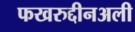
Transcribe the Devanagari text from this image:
फखरुद्दीनअली